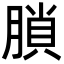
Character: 䐝